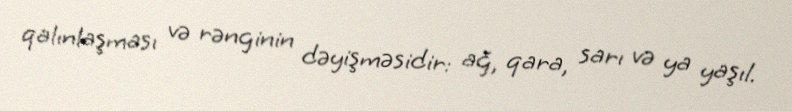
qalınlaşması və rənginin dəyişməsidir: ağ, qara, sarı və ya yaşıl.